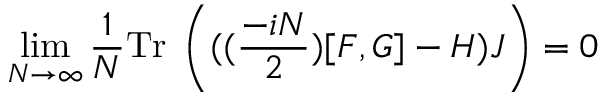
\operatorname * { l i m } _ { N \rightarrow \infty } \frac { 1 } { N } \mathrm { T r } \; \left( ( ( \frac { - i N } { 2 } ) [ F , G ] - H ) J \right) = 0